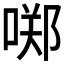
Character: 𱓣